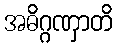
အဓိဂ္ဂဏှာတိ